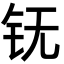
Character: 䥻